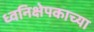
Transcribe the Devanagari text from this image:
ध्वनिक्षेपकाच्या